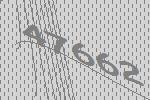
47662